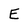
Character: E